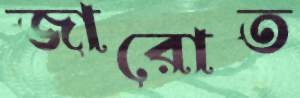
জারোত